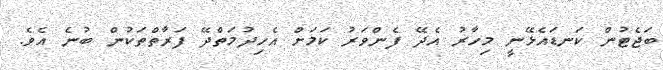
ބަޖެޓުން ކަނޑައެޅޭނީ މިހާރު އެދޭ ފެންވަރު ކަމަށް އެހިދުމަތްދޭ ފަރާތްތަކުން ބުނެ އެވެ.